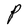
Character: P